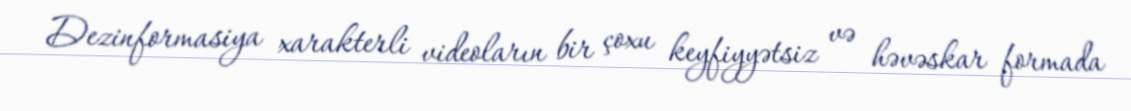
Dezinformasiya xarakterli videoların bir çoxu keyfiyyətsiz və həvəskar formada